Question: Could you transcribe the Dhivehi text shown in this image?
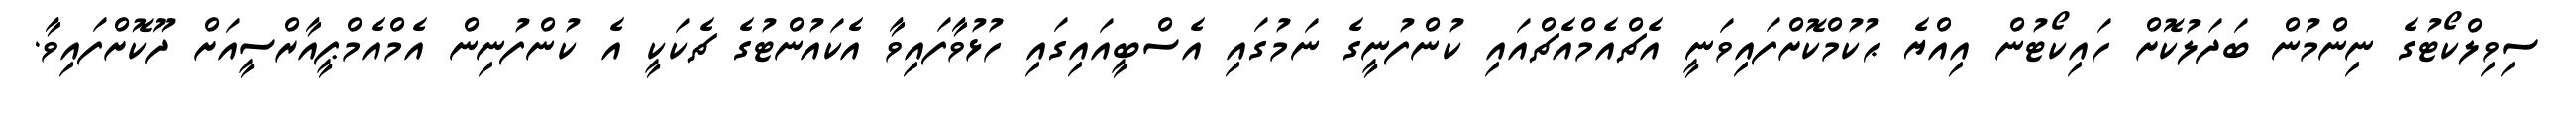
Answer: ސިވިލްކޯޓުގެ ނިންމުން ބަދަލުކޮށް ހައިކޯޓުން އިއްޔެ ޙުކުމްކޮށްފައިވަނީ އެޗްއެމްއެޗްއައި ކުންފުނީގެ ނަމުގައި އެސްބީއައިގައި ހުޅުވާފައިވާ އެކައުންޓުގެ ޗެކަކީ އެ ކުންފުނިން އެމްއެމްޕީއާރްސީއަށް ދޫކޮށްފައިވާ.